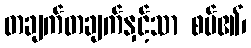
တချက်တချက်နှင့်သာ စပ်၏၊